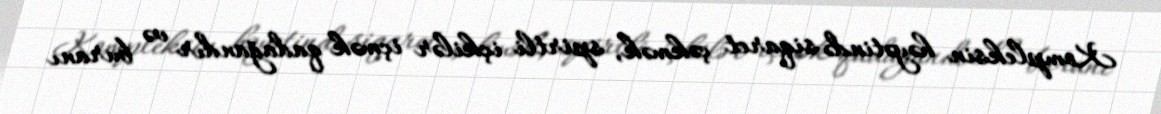
Kompleksin həyətində siqaret çəkmək, spirtli içkilər içmək qadağandır və buranı